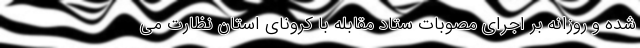
شده و روزانه بر اجرای مصوبات ستاد مقابله با کرونای استان نظارت می